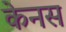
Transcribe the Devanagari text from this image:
केनस